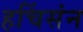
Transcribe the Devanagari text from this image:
हचिंसंन